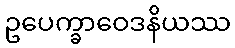
ဥပေက္ခာဝေဒနိယဿ